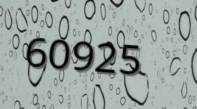
60925